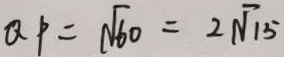
Q P = \sqrt { 6 0 } = 2 \sqrt { 1 5 }